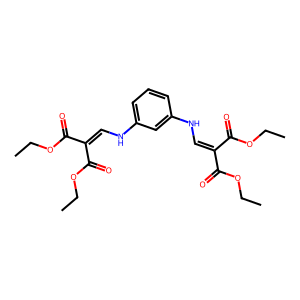
SMILES: CCOC(=O)C(=CNc1cccc(NC=C(C(=O)OCC)C(=O)OCC)c1)C(=O)OCC
Inhibits HIV replication: No